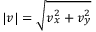
| v | = \sqrt { v _ { x } ^ { 2 } + v _ { y } ^ { 2 } }